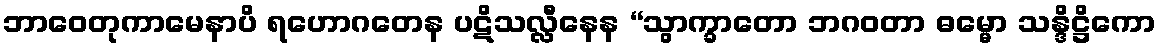
ဘာဝေတုကာမေနာပိ ရဟောဂတေန ပဋိသလ္လီနေန “သွာက္ခာတော ဘဂဝတာ ဓမ္မော သန္ဒိဋ္ဌိကော